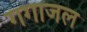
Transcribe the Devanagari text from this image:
गगाजल